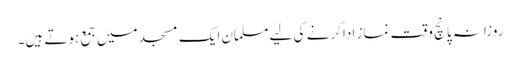
روزانہ پانچ وقت نماز ادا کرنے کی لیے مسلمان ایک مسجد میں جمع ہوتے ہیں۔